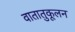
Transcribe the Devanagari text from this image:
वातातुकूलन